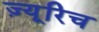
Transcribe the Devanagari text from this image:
ज़्यूरिच